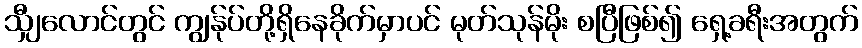
သျှီလောင်တွင် ကျွန်ုပ်တို့ရှိနေခိုက်မှာပင် မုတ်သုန်မိုး စပြီဖြစ်၍ ရှေ့ခရီးအတွက်